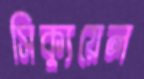
সিক্যুয়েল